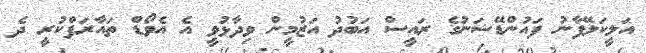
އަލީކަލޭފާނު ފައުންޑޭޝަނުގެ ރައީސް އަބުދު އަޒުމީން ވިދާޅުވީ އެ އެވޯޑް ތައާރަފްކުރީ ދެ